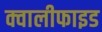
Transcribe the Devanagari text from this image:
क्वालीफाइड